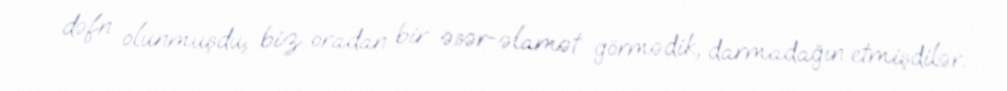
dəfn olunmuşdu, biz oradan bir əsər-əlamət görmədik, darmadağın etmişdilər.